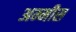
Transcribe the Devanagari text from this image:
अम्मीस